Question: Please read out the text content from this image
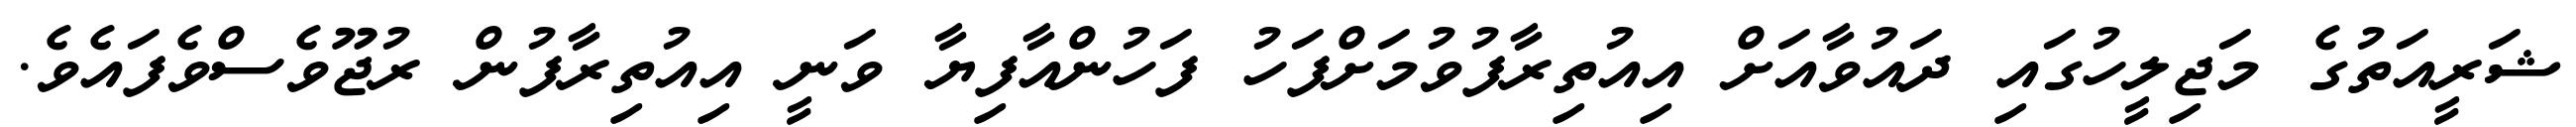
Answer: ޝަރީއަތުގެ މަޖިލީހުގައި ދައުވާއަށް އިއުތިރާފުވުމަށްފަހު ފަހުންއާފިޔާ ވަނީ އިއުތިރާފުން ރުޖޫވެސްވެފައެވެ.